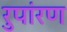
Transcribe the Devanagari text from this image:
रुपांरण